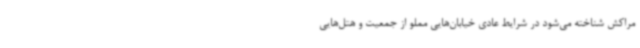
مراکش شناخته می‌شود در شرایط عادی خیابان‌هایی مملو از جمعیت و هتل‌هایی